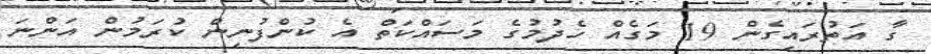
ގާ އަތުރައިގެން 19 މަގެއް ހެދުމުގެ މަސައްކަތް އެ ކުންފުނިން ކުރަމުން އަންނަ